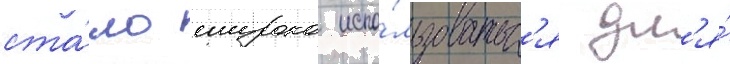
ста́ло широко испо́льзоватьс'я дл'я́